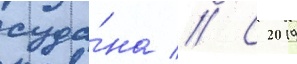
суда́на // С 2019